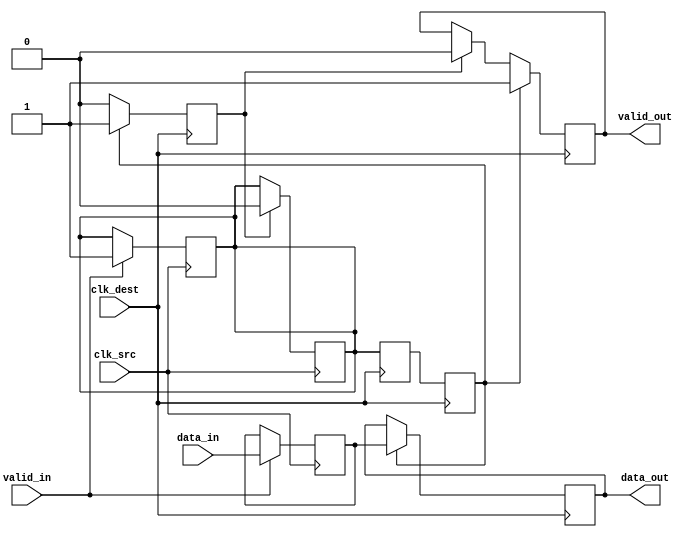
module HandshakeSynchronizer #(
    parameter DATA_WIDTH = 8  // Parameter to define the width of data
)(
    input wire [DATA_WIDTH-1:0] data_in,      // Input data from source clock domain
    input wire valid_in,                       // Input valid signal from source clock domain
    input wire clk_src,                        // Clock signal for source domain
    input wire clk_dest,                       // Clock signal for destination domain
    output reg [DATA_WIDTH-1:0] data_out,     // Synchronized output data for destination domain
    output reg valid_out                       // Output valid signal for destination domain
);

    reg [DATA_WIDTH-1:0] sync_data;           // Internal register to hold data temporarily
    reg sync_valid;                            // Internal register to hold the valid signal
    reg ack;                                   // Acknowledge signal from the destination domain

    // Stage 1: Data transfer from source domain
    always @(posedge clk_src) begin
        if (valid_in) begin
            sync_data <= data_in;              // Latch the input data
            sync_valid <= 1'b1;                // Assert valid signal
        end
    end

    // Stage 2: Synchronize sync_valid signal to destination clock domain
    reg sync_valid_d1, sync_valid_d2;         // Dual flip-flops for synchronization
    always @(posedge clk_dest) begin
        sync_valid_d1 <= sync_valid;           // First stage synchronization
        sync_valid_d2 <= sync_valid_d1;        // Second stage synchronization
    end

    // Acknowledge handling in the destination domain
    always @(posedge clk_dest) begin
        if (sync_valid_d2) begin
            data_out <= sync_data;             // Drive output data when valid
            valid_out <= 1'b1;                 // Assert output valid signal
            ack <= 1'b1;                        // Assert acknowledge signal
        end else if (ack) begin
            valid_out <= 1'b0;                  // Deassert output valid signal
            ack <= 1'b0;                        // Deassert acknowledge signal
        end
    end

    // Stage 3: Handle ack in the source domain
    always @(posedge clk_src) begin
        if (ack) begin
            sync_valid <= 1'b0;                 // Deassert sync_valid upon acknowledgement
        end
    end

endmodule